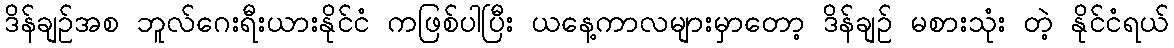
ဒိန်ချဉ်အစ ဘူလ်ဂေးရီးယားနိုင်ငံ ကဖြစ်ပါပြီး ယနေ့ကာလများမှာတော့ ဒိန်ချဉ် မစားသုံး တဲ့ နိုင်ငံရယ်